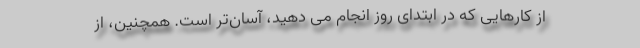
از کارهایی که در ابتدای روز انجام می دهید، آسان‌تر است. همچنین، از